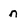
Character: n